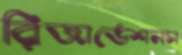
রিজার্ভেশনস